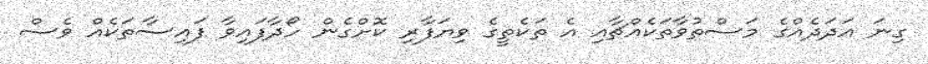
ގިނަ އަދަދެއްގެ މަސްތުވާތަކެއްޗާއި އެ ތަކެތީގެ ވިޔަފާރި ކޮށްގެން ހޯދާފައިވާ ފައިސާތަކެއް ވެސް